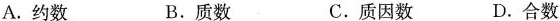
A.约数 B.质数 C.质因数 D.合数。